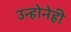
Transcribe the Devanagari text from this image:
उन्होनेही